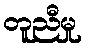
တူညီမှု